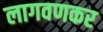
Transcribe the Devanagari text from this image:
लागवणकर